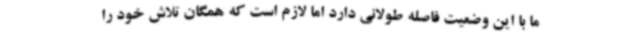
ما با این وضعیت فاصله طولانی دارد اما لازم است که همگان تلاش خود را